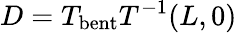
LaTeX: D=T_{\mathrm{bent}}T^{-1}(L,0)